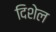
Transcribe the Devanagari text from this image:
दिशेल